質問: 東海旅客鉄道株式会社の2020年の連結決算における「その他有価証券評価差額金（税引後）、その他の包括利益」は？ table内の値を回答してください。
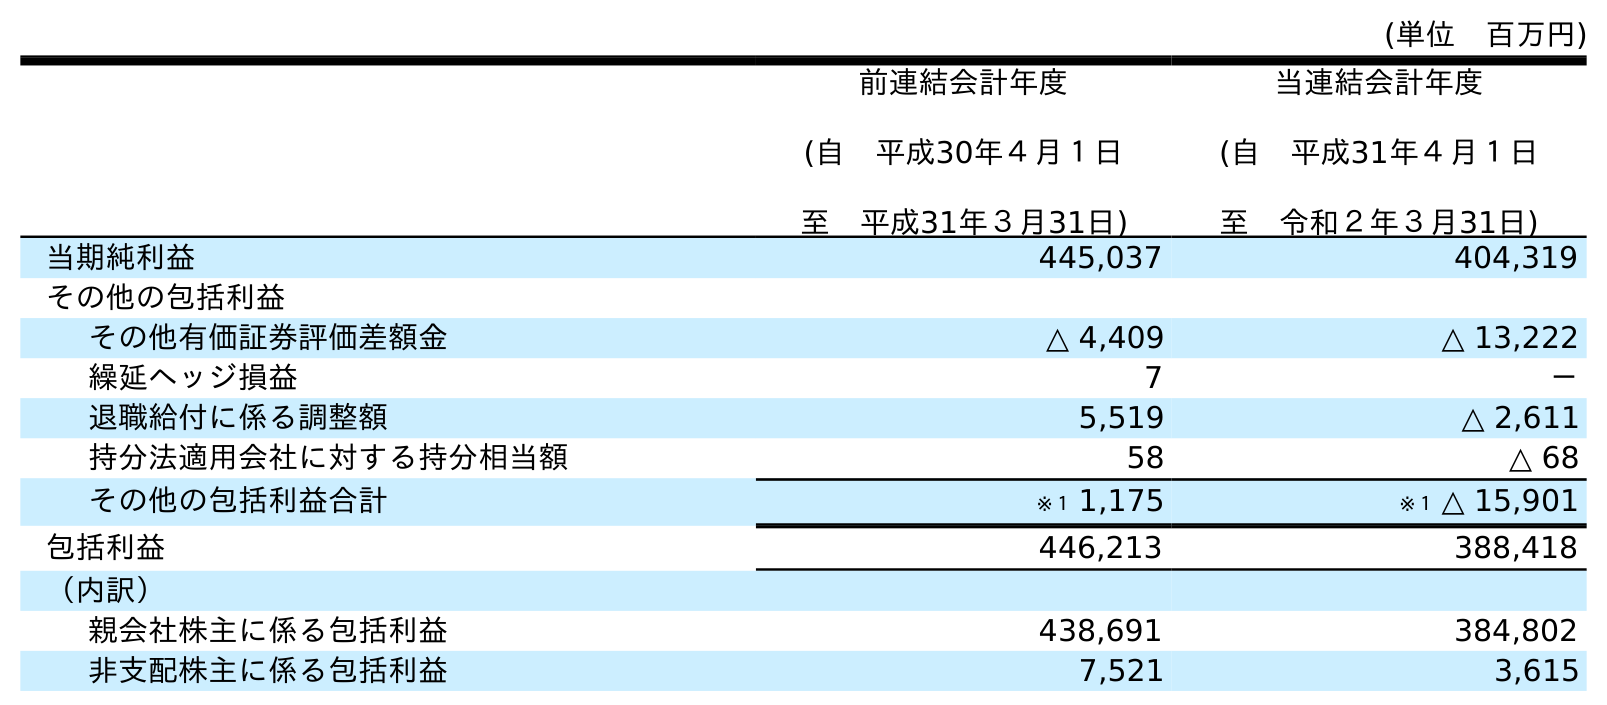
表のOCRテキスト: (単位 百万円) 前連結会計年度 (自 平成30年４月１日 至 平成31年３月31日) 当連結会計年度 (自 平成31年４月１日 至 令和２年３月31日) 当期純利益 445,037 404,319 その他の包括利益 その他有価証券評価差額金 △ 4,409 △ 13,222 繰延ヘッジ損益 7 － 退職給付に係る調整額 5,519 △ 2,611 持分法適用会社に対する持分相当額 58 △ 68 その他の包括利益合計 ※１ 1,175 ※１ △ 15,901 包括利益 446,213 388,418 （内訳） 親会社株主に係る包括利益 438,691 384,802 非支配株主に係る包括利益 7,521 3,615
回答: △13,222